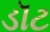
ડૉટ